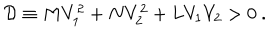
LaTeX: { \cal D } \equiv M V _ { 1 } ^ { 2 } + N V _ { 2 } ^ { 2 } + L V _ { 1 } V _ { 2 } > 0 \ .